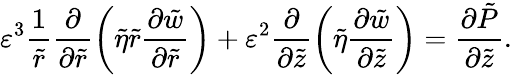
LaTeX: \varepsilon^{3}\frac{1}{\tilde{r}}\frac{\partial}{\partial\tilde{r}}\left(\tilde{\eta}\tilde{r}\frac{\partial\tilde{w}}{\partial\tilde{r}}\right)+\varepsilon^{2}\frac{\partial}{\partial\tilde{z}}\left(\tilde{\eta}\frac{\partial\tilde{w}}{\partial\tilde{z}}\right)=\frac{\partial\tilde{P}}{\partial\tilde{z}}.